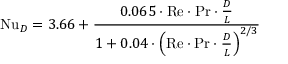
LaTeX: \mathrm { N u } _ { D } = 3 . 6 6 + { \frac { 0 . 0 6 5 \cdot \mathrm { R e } \cdot \mathrm { P r } \cdot { \frac { D } { L } } } { 1 + 0 . 0 4 \cdot \left( \mathrm { R e } \cdot \mathrm { P r } \cdot { \frac { D } { L } } \right) ^ { 2 / 3 } } }